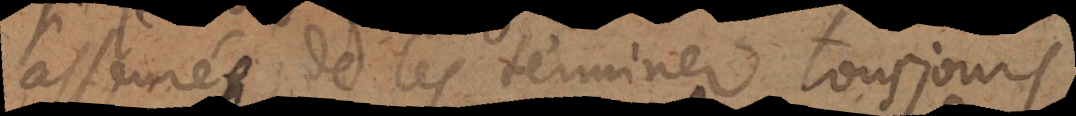
asseurée de les terminer tou